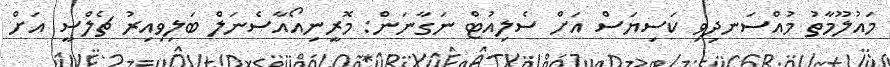
މައުލޫމާތު މުއްސަނދިވި ކަސިޔަސް އަށް ސެލިއުޓް ނަގާނަން: މޮރީނިއޯއާސެނަލް ބަލިވިއިރު ޗެލްސީ އަށް